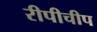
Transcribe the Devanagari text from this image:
रीपीचीप